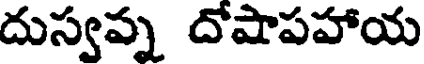
దుస్వప్న దోషాపహాయ